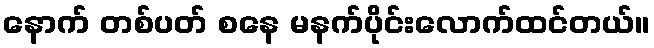
နောက် တစ်ပတ် စနေ မနက်ပိုင်းလောက်ထင်တယ်။